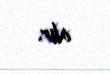
alır.